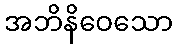
အဘိနိဝေသော